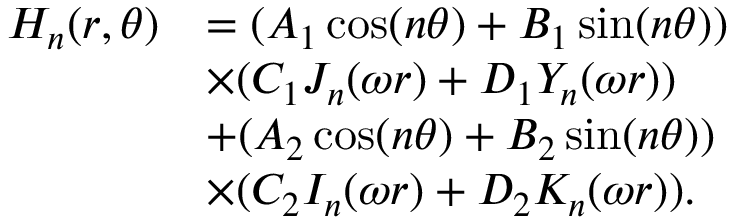
\begin{array} { r l } { H _ { n } ( r , \theta ) } & { = ( A _ { 1 } \cos ( n \theta ) + B _ { 1 } \sin ( n \theta ) ) } \\ & { \times ( C _ { 1 } J _ { n } ( \omega r ) + D _ { 1 } Y _ { n } ( \omega r ) ) } \\ & { + ( A _ { 2 } \cos ( n \theta ) + B _ { 2 } \sin ( n \theta ) ) } \\ & { \times ( C _ { 2 } I _ { n } ( \omega r ) + D _ { 2 } K _ { n } ( \omega r ) ) . } \end{array}